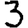
Digit: 3